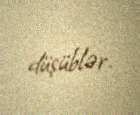
düşüblər.